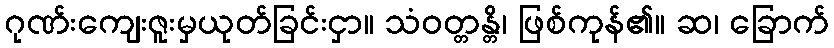
ဂုဏ်းကျေးဇူးမှယုတ်ခြင်းငှာ။ သံဝတ္တန္တိ၊ ဖြစ်ကုန်၏။ ဆ၊ ခြောက်